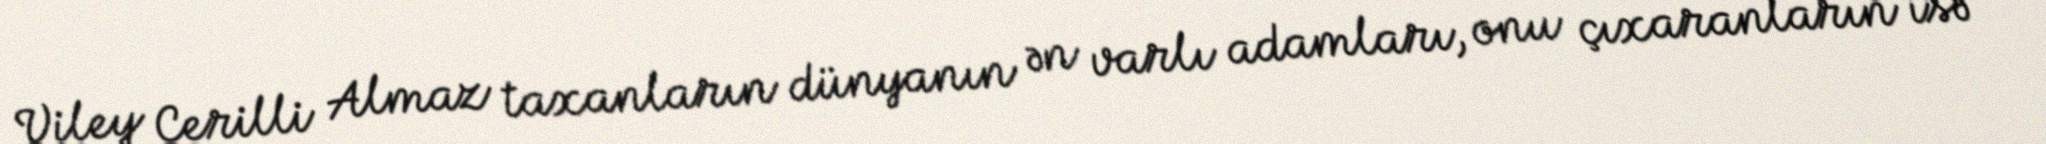
Viley Cerilli Almaz taxanların dünyanın ən varlı adamları, onu çıxaranların isə